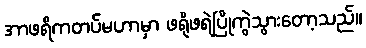
အာဖရိကတပ်မဟာမှာ ဖရိုဖရဲပြိုကွဲသွားတော့သည်။